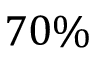
7 0 \%